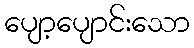
ပျော့ပျောင်းသော